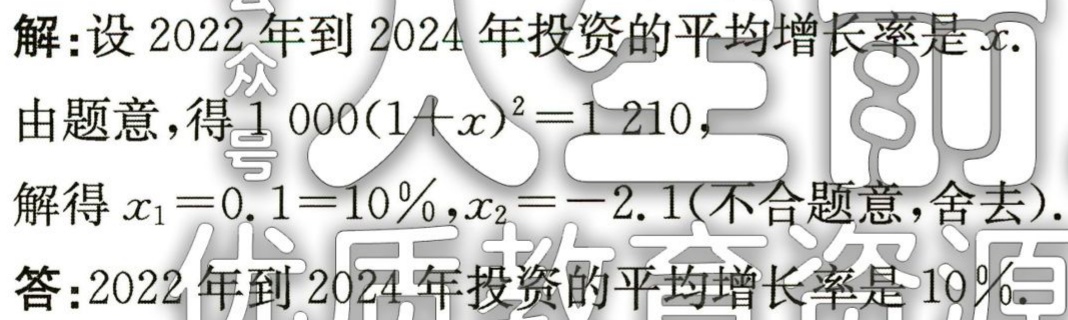
解：设 2022 年到 2024 年投资的平均增长率是\(x\).

由题意，得\(1000(1 + x)^{2}=1210\)，

解得\(x_{1}=0.1 = 10\%\)，\(x_{2}=-2.1\)（不合题意，舍去）.

答：2022 年到 2024 年投资的平均增长率是\(10\%\).